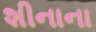
શીનાના